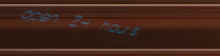
open 24 hours